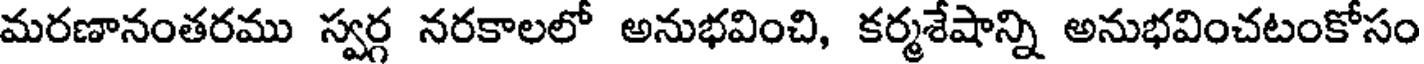
మరణానంతరము స్వర్గ నరకాలలో అనుభవించి, కర్మశేషాన్ని అనుభవించటంకోసం